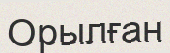
Орылған